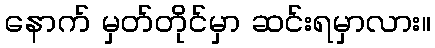
နောက် မှတ်တိုင်မှာ ဆင်းရမှာလား။